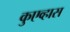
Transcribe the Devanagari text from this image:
कुएव्हास